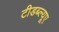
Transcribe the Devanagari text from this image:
टीडब्ल्‍यूए